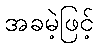
အခမဲ့ဖြင့်